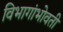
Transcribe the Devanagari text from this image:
विभागांभोवती